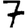
Digit: 7